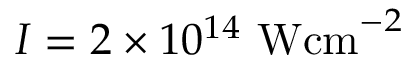
I = 2 \times 1 0 ^ { 1 4 } ~ \mathrm { W c m } ^ { - 2 }